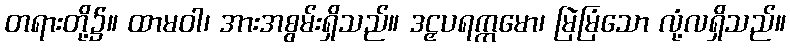
တရားတို့၌။ ထာမဝါ၊ အားအစွမ်းရှိသည်။ ဒဠှပရက္ကမော၊ မြဲမြံသော လုံ့လရှိသည်။